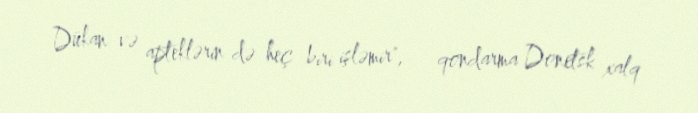
Dükan və apteklərin də heç biri işləmir", - qondarma Donetsk xalq